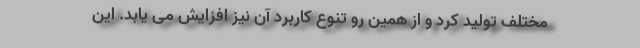
مختلف تولید کرد و از همین رو تنوع کاربرد آن نیز افزایش می یابد. این